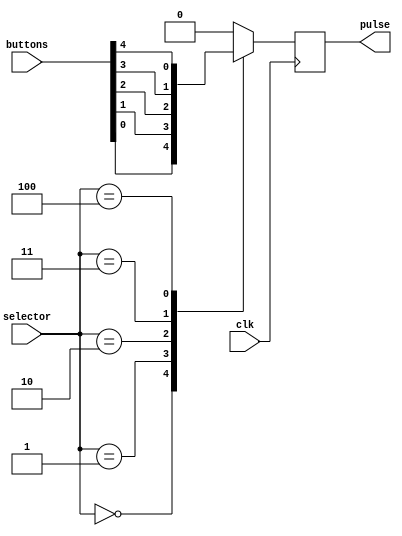
`timescale 1ns / 1ps
//////////////////////////////////////////////////////////////////////////////////
// Company: 
// Engineer: 
// 
// Design Name: 
// Module Name: MUXValidator
// Project Name: 
// Target Devices: 
// Tool Versions: 
// Description: 
// 
// Dependencies: 
// 
// Revision:
// Revision 0.01 - File Created
// Additional Comments:
// 
//////////////////////////////////////////////////////////////////////////////////


module MUXValidator(
    input clk,    
    input [4:0]buttons,
    input [2:0]selector,
    output reg pulse
    );
    
    always@(posedge clk) begin
        case (selector)
        
        3'b000: pulse = buttons[0];
        
        3'b001: pulse = buttons[1];
        
        3'b010: pulse = buttons[2];
        
        3'b011: pulse = buttons[3];
        
        3'b100: pulse = buttons[4];
        
        default: pulse = 1'b0;
        
        endcase
    end//always      
    
    
    
endmodule